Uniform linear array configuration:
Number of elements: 4
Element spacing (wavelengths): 0.5
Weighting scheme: cosine
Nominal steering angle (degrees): -45
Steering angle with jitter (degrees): -43.454
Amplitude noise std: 0.05
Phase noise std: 0.05

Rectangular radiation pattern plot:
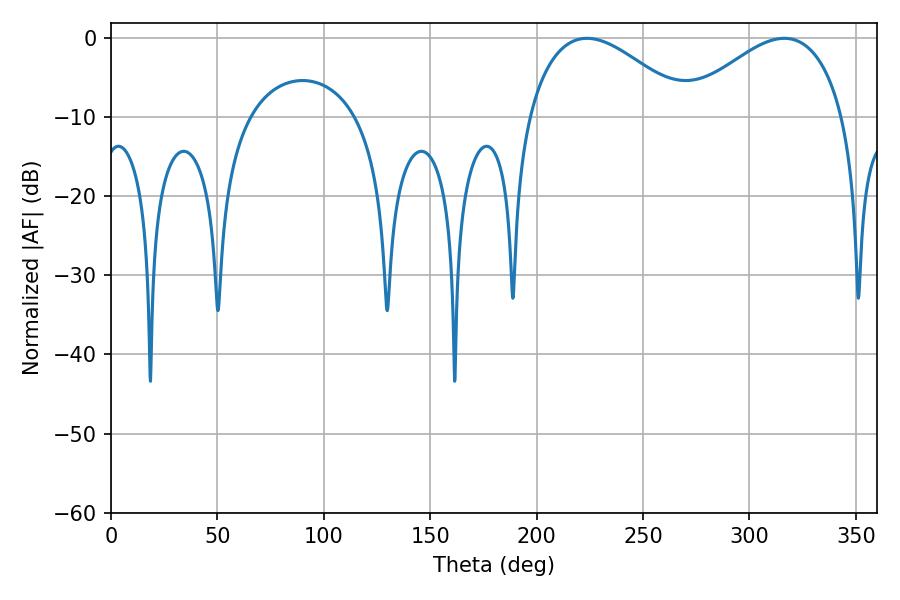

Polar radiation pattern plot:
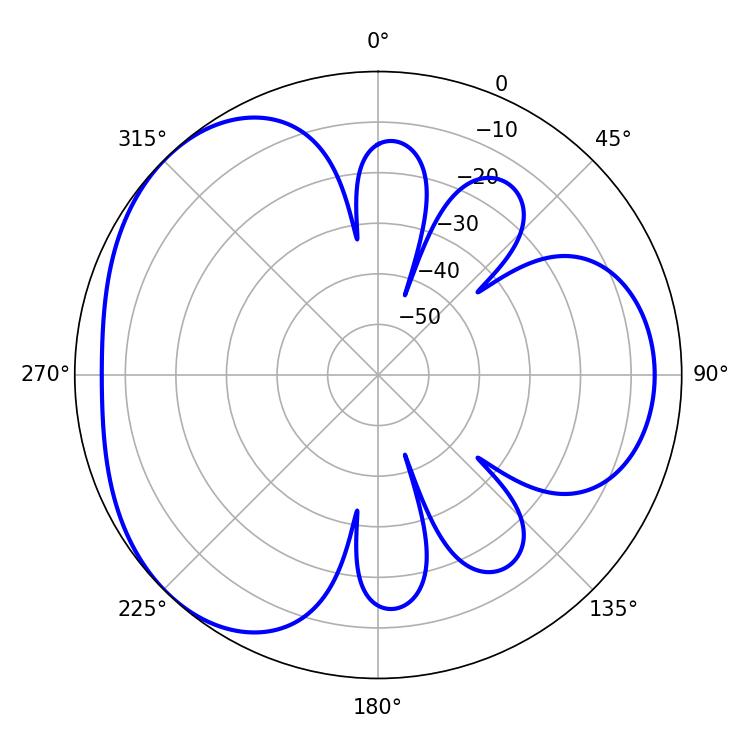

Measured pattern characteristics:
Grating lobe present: FALSE
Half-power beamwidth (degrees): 41.22
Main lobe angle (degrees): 223.56